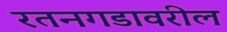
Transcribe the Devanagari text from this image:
रतनगडावरील